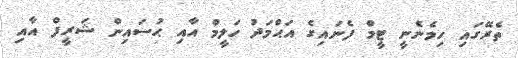
ތެރޭގައި ހިމެނެނީ ޓީމް ފެނައިގެ އަޙްމަދު ހަލީމް އާއި ޙުސައިން ޝަރީފް އާއި